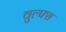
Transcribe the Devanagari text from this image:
वुल्फ्स